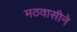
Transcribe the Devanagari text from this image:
मठवासीने